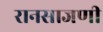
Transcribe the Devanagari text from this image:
रानसाजणी